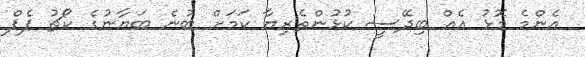
އެންމެ މޮޅު އެއް ބިދޭސީ ކުޅުންތެރިޔާ ކަމަށް ބުނެ ބަޔާނުގެ ކޯޗު ޕެޕް